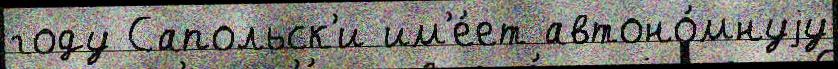
году Сапольск'и им'е́ет автоно́мнуjу